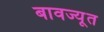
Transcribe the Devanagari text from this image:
बावज्यूत